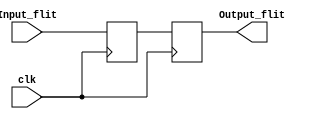
module delay_element(clk,Input_flit,Output_flit);
	input clk;
	input[31:0] Input_flit;
	output reg[31:0] Output_flit;
	reg[31:0] temp;
	
	always@(posedge clk)
	begin
		temp <= Input_flit;
	end
	always@(negedge clk)
	begin
		Output_flit <= temp;
	end
endmodule